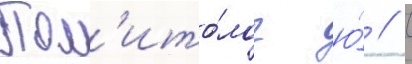
Пол'ито́лог ю́ // С